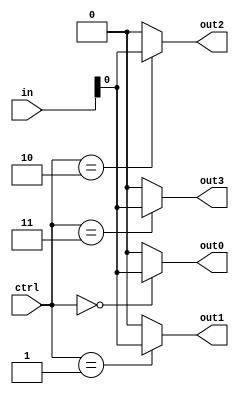
module demux2x4(
    input [1:0] in,
    input [1:0] ctrl,
    output reg out0,
    output reg out1,
    output reg out2,
    output reg out3
);

always @(*) begin
    out0 = (ctrl == 2'b00) ? in[0] : 1'b0;
    out1 = (ctrl == 2'b01) ? in[0] : 1'b0;
    out2 = (ctrl == 2'b10) ? in[0] : 1'b0;
    out3 = (ctrl == 2'b11) ? in[0] : 1'b0;
end

endmodule